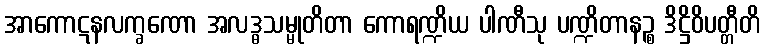
အာကောဋနလက္ခဏော အလဒ္ဓသမ္မုတိတာ ကောရဏ္ဍိယ ပါဏီသု ပဏ္ဍိတာနဉ္စ ဒိဋ္ဌိဝိပတ္တီတိ